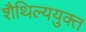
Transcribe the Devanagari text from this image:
शैथिल्ययुक्त